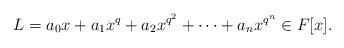
LaTeX: \begin{align*}L=a_0x+a_1x^q+a_2x^{q^2}+\cdots+a_n x^{q^n} \in F[x].\end{align*}